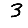
Digit: 3